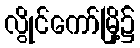
လွိုင်ကော်မြို့၌